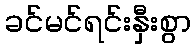
ခင်မင်ရင်းနှီးစွာ